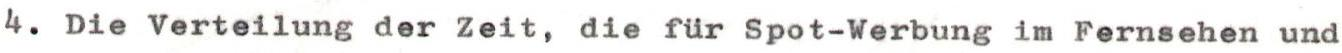
4. Die Verteilung der Zeit, die für Spot-Werbung im Fernsehen und